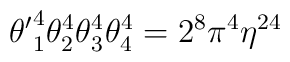
{\theta'}_1^4 \theta_2^4 \theta_3^4 \theta_4^4 = 2^8 \pi^4 \eta^{24}